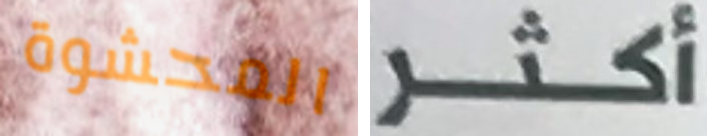
المحشوة أكثر